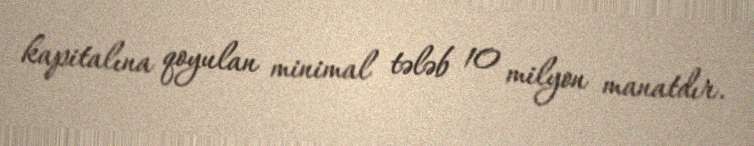
kapitalına qoyulan minimal tələb 10 milyon manatdır.